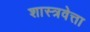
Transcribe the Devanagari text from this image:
शास्त्रवेत्ता